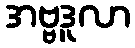
အဗ္ဗဒူလာ